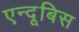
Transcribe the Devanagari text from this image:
एन्दूबिस